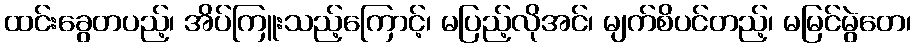
ထင်းခွေတပည့်၊ အိပ်ကြူးသည့်ကြောင့်၊ မပြည့်လိုအင်၊ မျက်စိပင်တည့်၊ မမြင်မွဲတေ၊